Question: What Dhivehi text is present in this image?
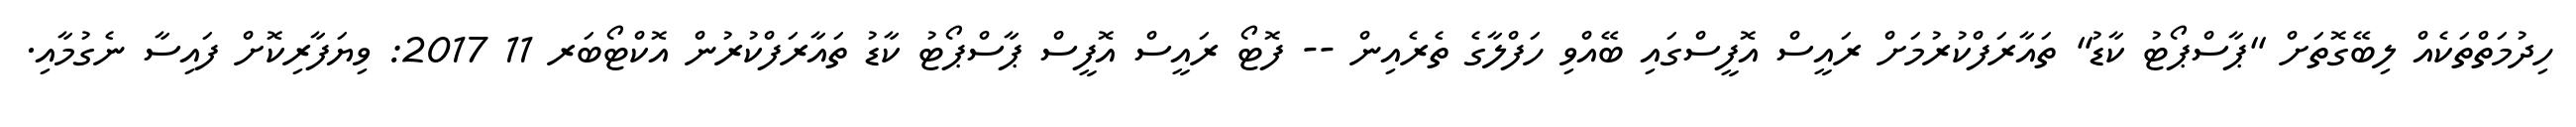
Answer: ހިދުމަތްތަކެއް ލިބޭގޮތަށް "ޕާސްޕޯޓު ކާޑު" ތައާރަފްކުރުމަށް ރައީސް އޮފީސްގައި ބޭއްވި ހަފްލާގެ ތެރެއިން -- ފޮޓޯ ރައީސް އޮފީސް ޕާސްޕޯޓު ކާޑު ތައާރަފްކުރުން އޮކްޓޯބަރ 11 2017: ވިޔަފާރިކޮށް ފައިސާ ނެގުމާއި.